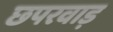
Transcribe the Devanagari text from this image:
छपरवाड़